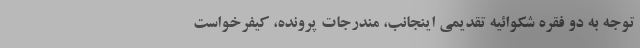
توجه به دو فقره شکوائیه تقدیمی اینجانب، مندرجات پرونده، کیفرخواست